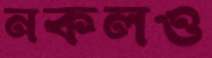
নকলও